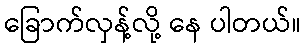
ခြောက်လှန့်လို့ နေ ပါတယ်။